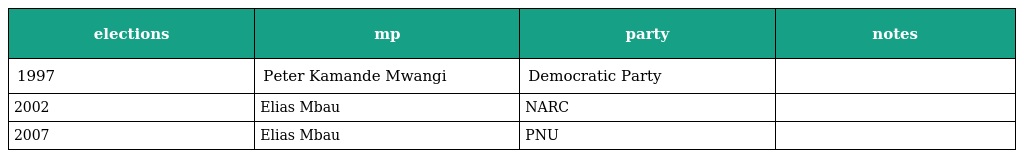
| elections | mp | party | notes |
 | --- | --- | --- | --- |
 | 1997 | Peter Kamande Mwangi | Democratic Party |  |
 | 2002 | Elias Mbau | NARC |  |
 | 2007 | Elias Mbau | PNU |  |